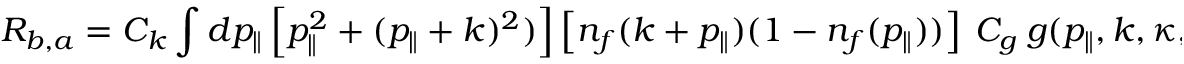
{ \cal R } _ { b , a } = { \cal C } _ { k } \int d p _ { \parallel } \left[ p _ { \parallel } ^ { 2 } + ( p _ { \parallel } + k ) ^ { 2 } ) \right] \left[ n _ { f } ( k + p _ { \parallel } ) ( 1 - n _ { f } ( p _ { \parallel } ) ) \right] ~ C _ { g } ~ g ( p _ { \parallel } , k , \kappa , T )